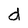
Character: d